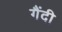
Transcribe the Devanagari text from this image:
गैंदी